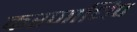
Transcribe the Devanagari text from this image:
करणाधिप